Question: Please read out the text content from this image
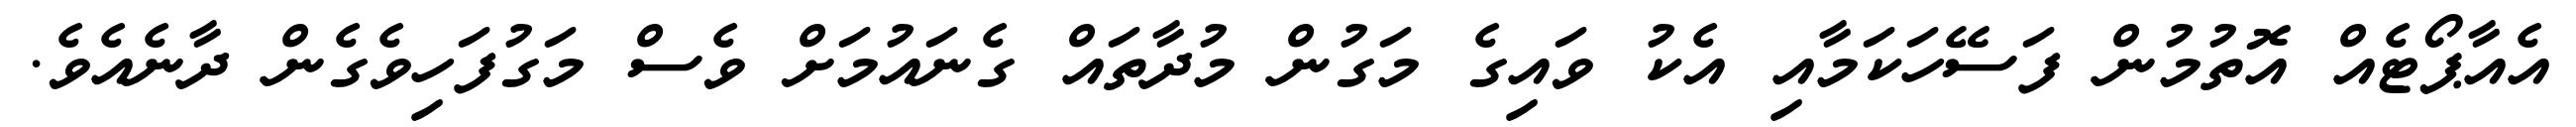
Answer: އެއާޕޯޓެއް އޮތުމުން ފަސޭހަކަމާއި އެކު ވައިގެ މަގުން މުދާތައް ގެނައުމަށް ވެސް މަގުފަހިވެގެން ދާނެއެވެ.